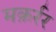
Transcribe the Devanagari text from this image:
मक़र्रर